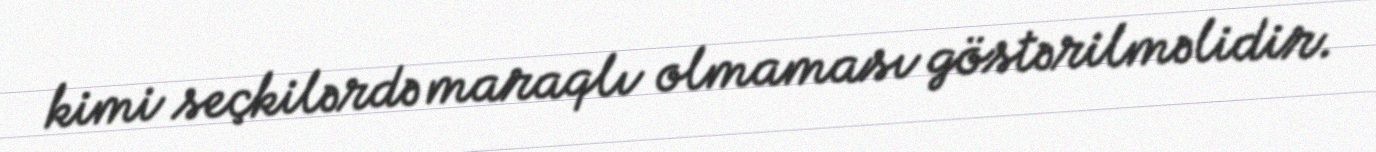
kimi seçkilərdə maraqlı olmaması göstərilməlidir.